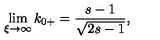
\lim _ { \xi \rightarrow \infty } k _ { 0 + } = \frac { s - 1 } { \sqrt { 2 s - 1 } } ,